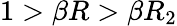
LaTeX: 1>\beta R>\beta R_{2}